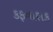
કફનાશક